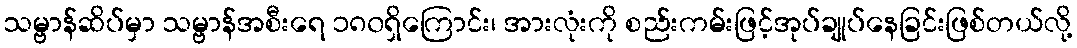
သမ္ဗာန်ဆိပ်မှာ သမ္ဗာန်အစီးရေ ၁၈၀ရှိကြောင်း၊ အားလုံးကို စည်းကမ်းဖြင့်အုပ်ချုပ်နေခြင်းဖြစ်တယ်လို့